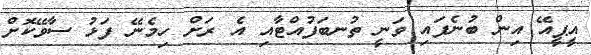
އީޕީއޭ އިން ބުނެފައި ވަނީ ތުނބަފުއްޓާއި އެ ރަށް ހިމެނޭ ފަޅު ސާވޭކޮށް